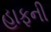
હાફની